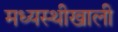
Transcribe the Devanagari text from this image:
मध्यस्थीखाली